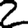
Digit: 2